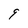
Character: 9